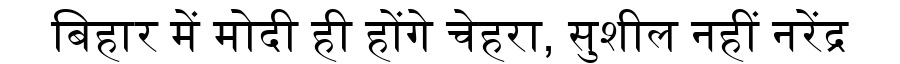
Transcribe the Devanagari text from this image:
बिहार में मोदी ही होंगे चेहरा, सुशील नहीं नरेंद्र